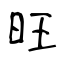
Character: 旺